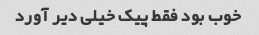
خوب بود فقط پیک خیلی دیر آورد